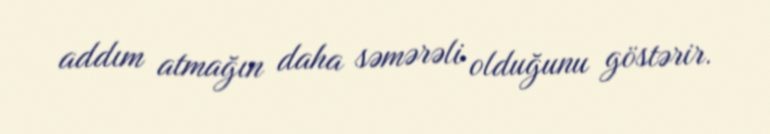
addım atmağın daha səmərəli olduğunu göstərir.